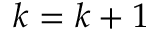
k = k + 1